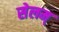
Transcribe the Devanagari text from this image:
सेलम्